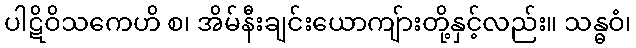
ပါဋိဝိသကေဟိ စ၊ အိမ်နီးချင်းယောကျ်ားတို့နှင့်လည်း။ သန္ဓဝံ၊